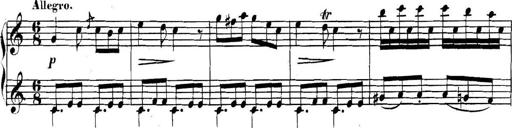
Title: Collected Piano Sonatas
Composer: Muzio Clementi